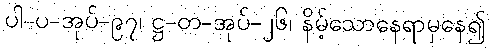
ပါ-ပ-အုပ်-၉၇၊ ဋ္ဌ-တ-အုပ်-၂၆၊ နိမ့်သောနေရာမှနေ၍